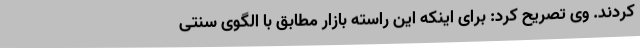
کردند. وی تصریح کرد: برای اینکه این راسته بازار مطابق با الگوی سنتی